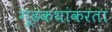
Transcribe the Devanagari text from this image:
गूढकथांकरता